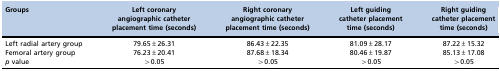
| Groups | Left coronary angiographic catheter placement time (seconds) | Right coronary angiographic catheter placement time (seconds) | Left guiding catheter placement time (seconds) | Right guiding catheter placement time (seconds) |
 | --- | --- | --- | --- | --- |
 | Left radial artery group | 79.65±26.31 | 86.43±22.35 | 81.09±28.17 | 87.22±15.32 |
 | Femoral artery group | 76.23±20.41 | 87.68±18.34 | 80.46±19.87 | 85.13±17.08 |
 | p value | >0.05 | >0.05 | >0.05 | >0.05 |